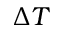
\Delta T